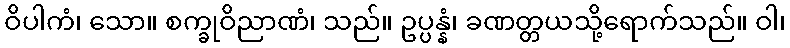
ဝိပါကံ၊ သော။ စက္ခုဝိညာဏံ၊ သည်။ ဥပ္ပန္နံ၊ ခဏတ္တယသို့ရောက်သည်။ ဝါ၊